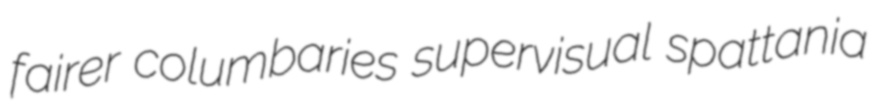
fairer columbaries supervisual spattania